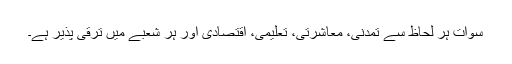
سوات ہر لحاظ سے تمدنی، معاشرتی، تعلیمی، اقتصادی اور ہر شعبے میں ترقی پذیر ہے۔